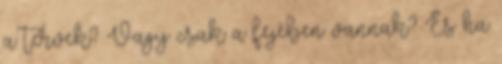
a tervek? Vagy csak a fejében vannak? És ha